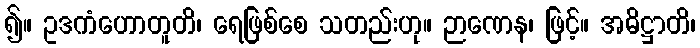
၍။ ဥဒကံဟောတူတိ၊ ရေဖြစ်စေ သတည်းဟု။ ဉာဏေန၊ ဖြင့်။ အဓိဋ္ဌာတိ၊